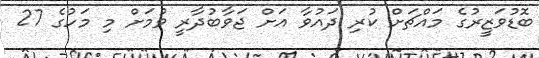
ބޮޑުވަޒީރުގެ މައްޗަށް ކުރި ދައުވާ އަށް ޖަވާބުދާރީ ވުމަށް މި މަހުގެ 27